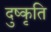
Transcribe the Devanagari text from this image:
दुष्कृति